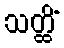
သတ္ထိံ